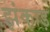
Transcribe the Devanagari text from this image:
झंकाड़